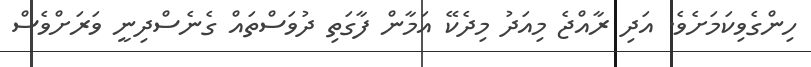
ހިންގެވިކަމަށެވެ. އަދި ރާއްޖެ މިއަދު މިދެކޭ އަމާން ފާގަތި ދުވަސްތައް ގެނެސްދިނީ ވަރަށްވެސް